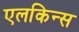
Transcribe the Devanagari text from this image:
एलकिन्स